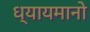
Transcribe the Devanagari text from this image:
ध्यायमानो